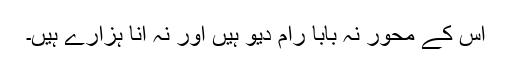
اس کے محور نہ بابا رام دیو ہیں اور نہ انا ہزارے ہیں۔